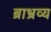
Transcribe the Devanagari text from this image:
ब्राभ्रव्य